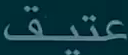
عتيق